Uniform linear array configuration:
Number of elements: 4
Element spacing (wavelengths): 0.5
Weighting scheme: binomial
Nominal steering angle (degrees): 45
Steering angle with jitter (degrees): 44.146
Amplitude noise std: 0.05
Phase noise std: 0.05

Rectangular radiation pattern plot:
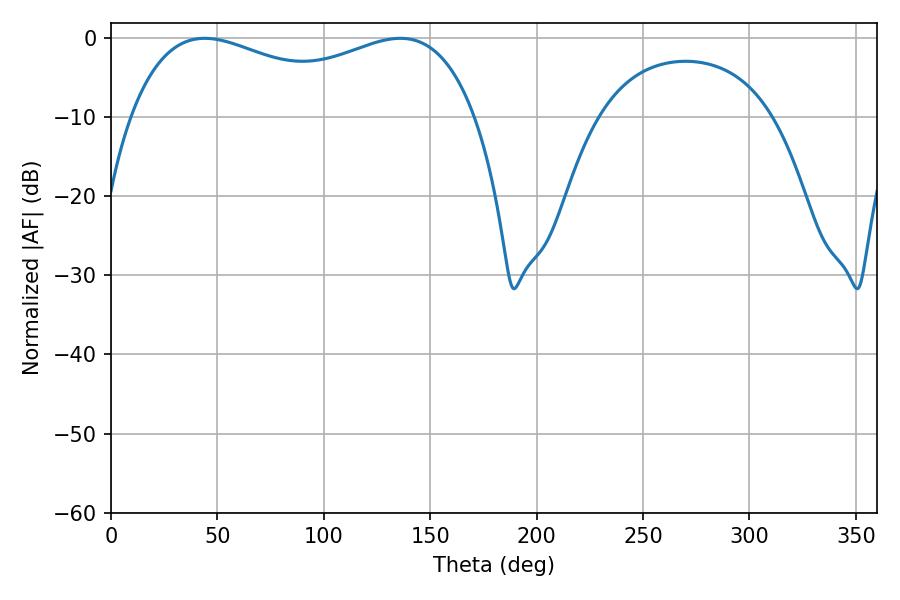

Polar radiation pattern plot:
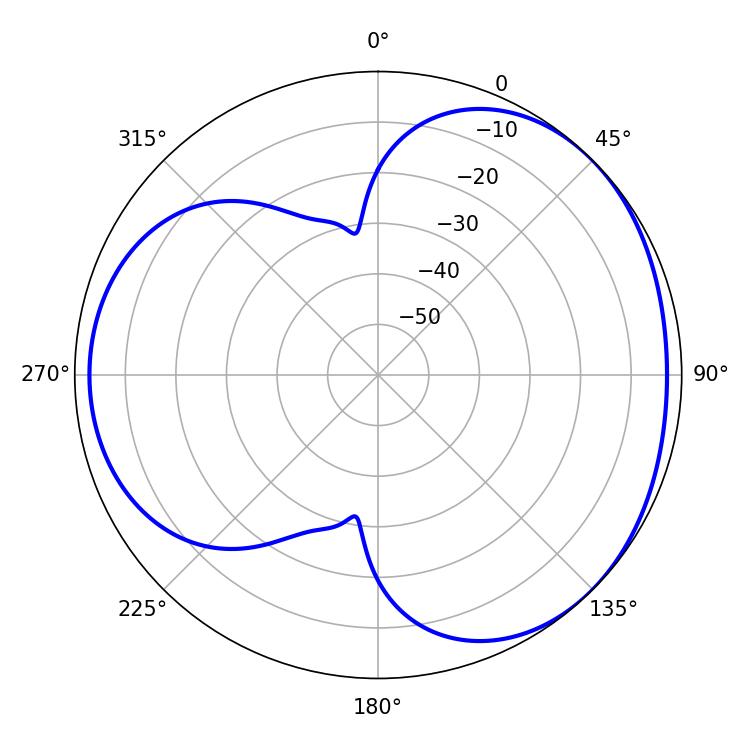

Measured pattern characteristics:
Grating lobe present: FALSE
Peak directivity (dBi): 3.396
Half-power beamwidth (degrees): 134.28
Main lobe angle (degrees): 44.1